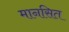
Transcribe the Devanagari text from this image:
मानसित